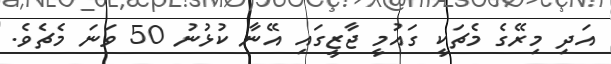
އަދި މިރޭގެ މެޗަކީ ގައުމީ ޖާޒީގައި އޭނާ ކުޅުނު 50 ވަނަ މެޗެވެ.